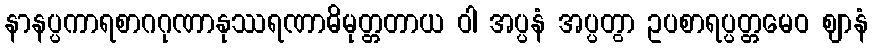
နာနပ္ပကာရစာဂဂုဏာနုဿရဏာဓိမုတ္တတာယ ဝါ အပ္ပနံ အပ္ပတွာ ဥပစာရပ္ပတ္တမေဝ ဈာနံ